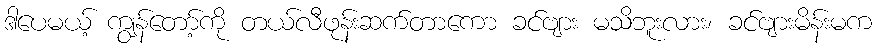
ဒါပေမယ့် ကျွန်တော့်ကို တယ်လီဖုန်းဆက်တာကော ခင်ဗျား မသိဘူးလား၊ ခင်ဗျားမိန်းမက